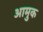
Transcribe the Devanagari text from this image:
आमुक